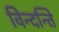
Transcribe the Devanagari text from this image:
विन्दन्ति